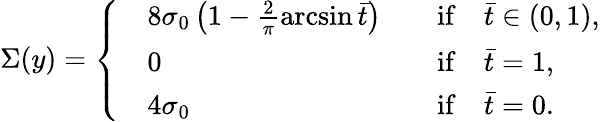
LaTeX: \Sigma(y)=\left\{ \begin{array}{rlrl}&{8\sigma_{0}\left(1-\frac{2}{\pi}\arcsin\bar{t}\right)}&&{\mathrm{if}\quad\bar{t}\in(0,1),}\\ &{0}&&{\mathrm{if}\quad\bar{t}=1,}\\ &{4\sigma_{0}}&&{\mathrm{if}\quad\bar{t}=0.}\end{array}\right.